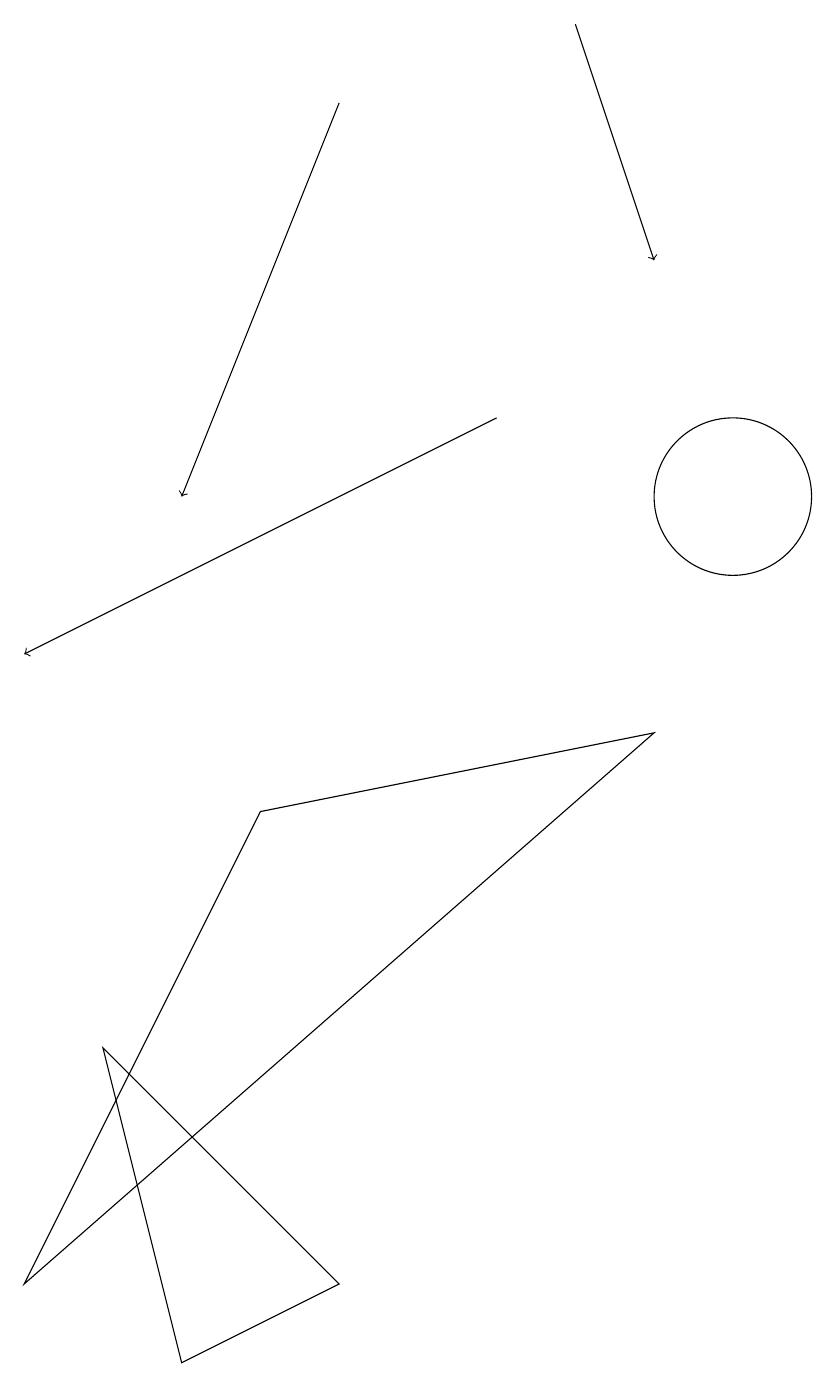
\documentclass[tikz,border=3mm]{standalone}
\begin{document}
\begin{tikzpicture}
\draw[->] (8,18) -- (9,15);
\draw (9,9) -- (1,2) -- (4,8) -- cycle;
\draw (10,12) circle (1);
\draw[->] (5,17) -- (3,12);
\draw (3,1) -- (2,5) -- (5,2) -- cycle;
\draw[->] (7,13) -- (1,10);
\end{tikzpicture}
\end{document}